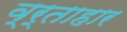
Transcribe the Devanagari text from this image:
व्र्ताहार